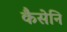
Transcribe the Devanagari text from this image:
कैसेनि